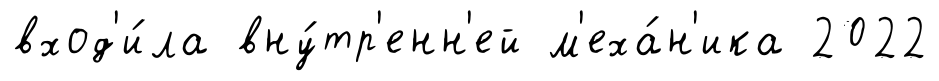
вход'и́ла вну́тр'енн'ей м'еха́н'ика 2022